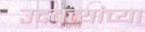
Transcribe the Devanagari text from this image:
उदबत्त्यांच्या